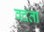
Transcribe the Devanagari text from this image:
वदता